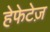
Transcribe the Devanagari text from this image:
हेफेटेज़